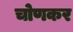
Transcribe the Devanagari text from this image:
चोणकर